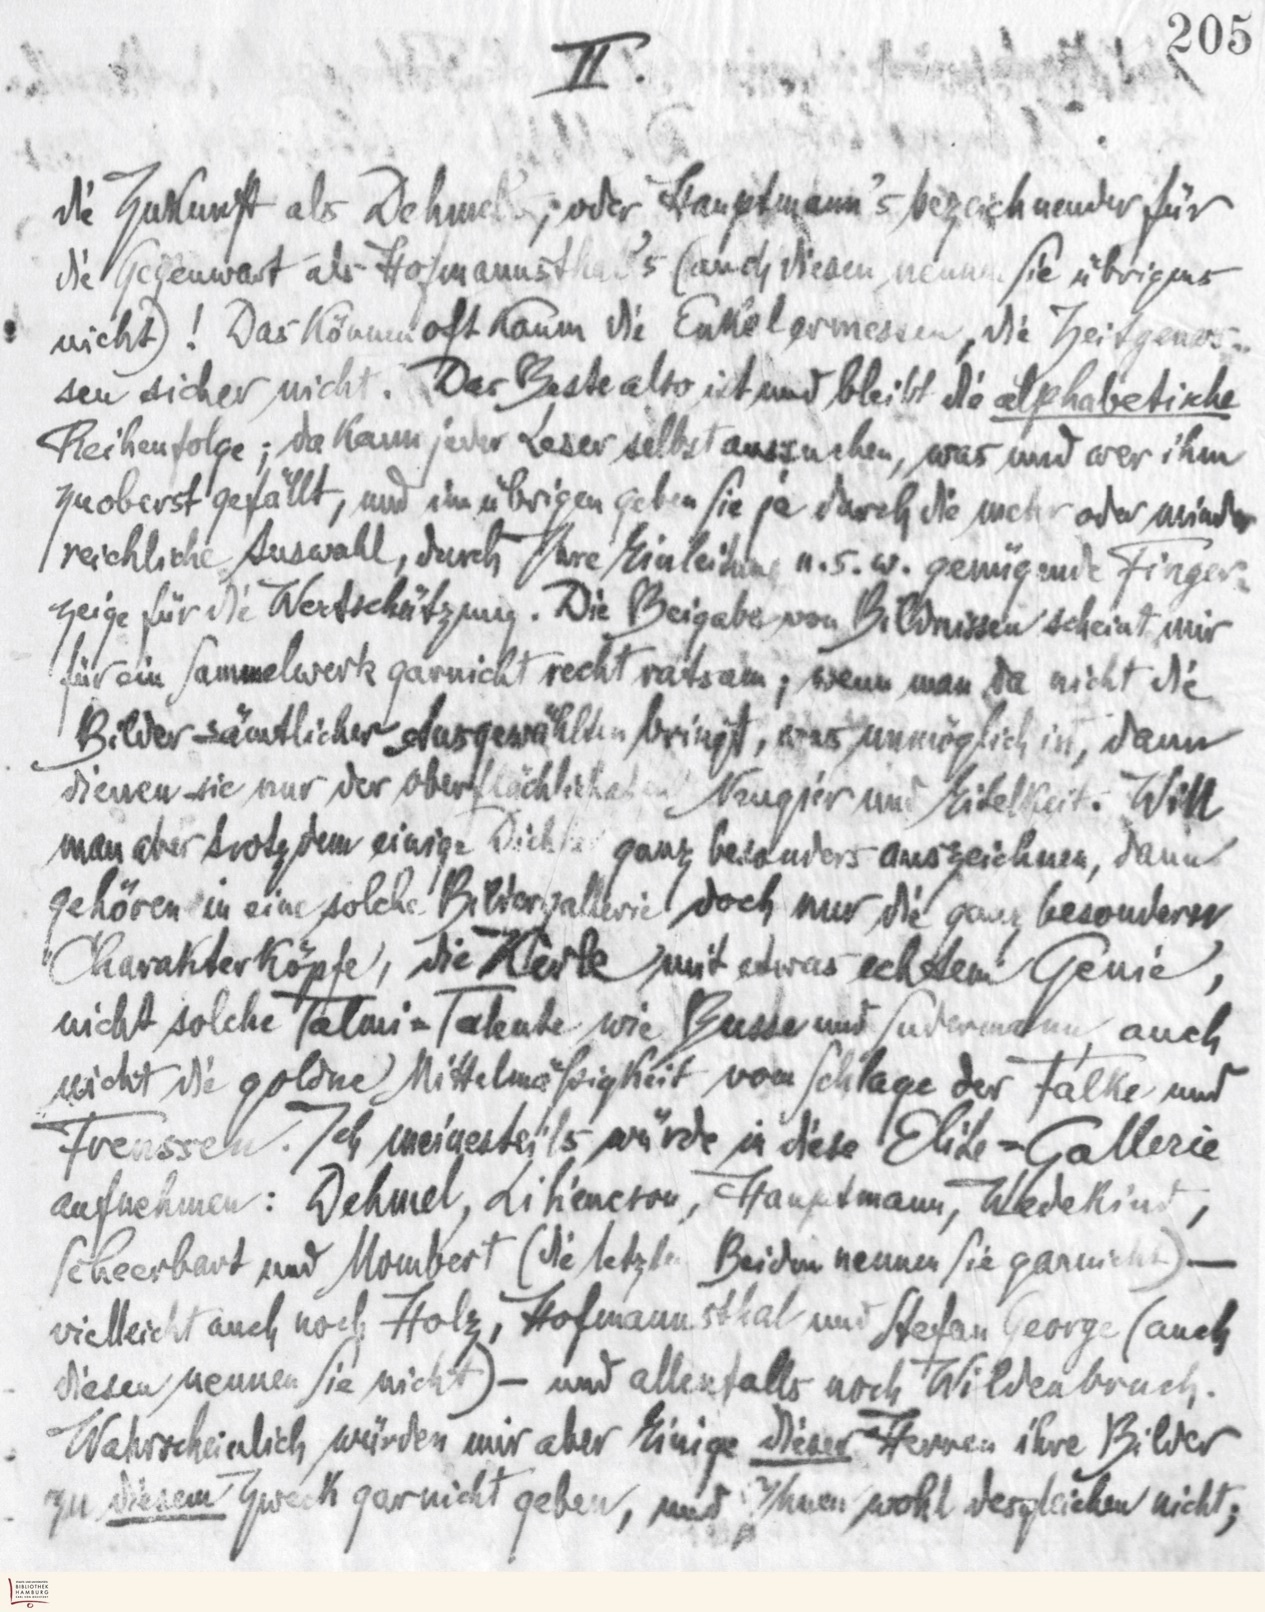
II.
die Zukunft als Dehmel; oder Hauptmann's bezeichnender für
die Gegenwart als Hofmannsthal's (und diesen nennen Sie übrigens
nicht)! Das können oft kaum die Enkel ermessen, die Zeitgenos-
sen sicher nicht. Das Beste also ist und bleibt die alphabetische
Reihenfolge; da kann jeder Leser selbst aussuchen, was und wer ihm
zuoberst gefällt, und im übrigen geben Sie ja durch die mehr oder minder
reichliche Auswahl, durch Ihre Einleitung u.s.w. genügende Finger-
zeige für die Wertschätzung. Die Beigabe von Bildnissen scheint mir
für ein Sammelwerk garnicht recht ratsam; wenn man da nicht die
Bilder sämtlicher Ausgewählten bringt, was unmöglich ist, dann
dienen sie nur der oberflächlichen Neugier und Eitelkeit. Will
man aber trotzdem einige Dichter ganz besonders auszeichnen, dann
gehören in eine solche Bildergallerie doch nur die ganz besonderen
Charakterköpfe, die Kerle mit etwas echtem Genie,
nicht solche Talmi-Talente wie Busse und Sudermann, auch
nicht die goldne Mittelmäßigkeit vom Schlage der Falke und
Frenssen. Ich meinesteils würde in diese Elite-Gallerie
aufnehmen: Dehmel, Liliencron, Hauptmann, Wedekind,
Scheerbart und Mombert (die letzten Beiden nennen sie garnicht) –
vielleicht auch noch Holz, Hofmannsthal und Stefan George (auch
diesen nennen Sie nicht) – und allenfalls noch Wildenbruch.
Wahrscheinlich würden mir aber einige dieser Herren ihre Bilder
zu diesem Zweck garnicht geben, und Ihnen wohl desgleichen nicht,